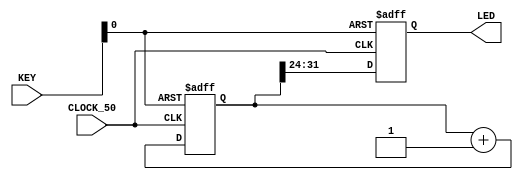
module main( CLOCK_50, LED, KEY );

input 		          		CLOCK_50;
output		     [7:0]		LED;
input 		     [1:0]		KEY;

wire reset_n;								

reg [32:0] counter;
reg  [7:0] LED;

assign   reset_n = KEY[0];

always @(posedge CLOCK_50 or negedge reset_n) begin
	if (!reset_n) begin
		counter <= 0;
		LED <= 0;
	end else begin
		counter   <= counter + 1;
		LED <= counter[32-8 +:8];
	end
end

endmodule